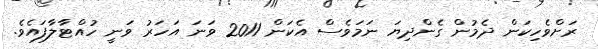
ރަށްވެހިކަން ދެމުން ގެންދިޔަ ނަމަވެސް އެކަން 2011 ވަނަ އަހަރު ވަނީ ހުއްޓާލާފައެވެ.